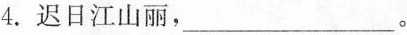
4.迟日江山丽，___。